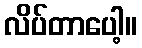
လိပ်တာပေါ့။